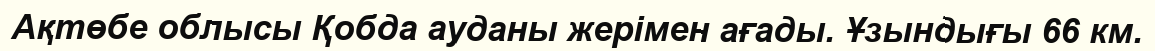
Ақтөбе облысы Қобда ауданы жерімен ағады. Ұзындығы 66 км.